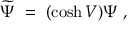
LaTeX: \widetilde \Psi \ = \ ( \cosh V ) \Psi \ ,